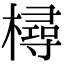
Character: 樳